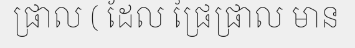
ផ្រាល ( ដែល ផ្រៃផ្រាល មាន